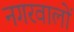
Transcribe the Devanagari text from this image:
नगरवालों